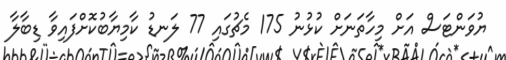
ޔުވަންޓަސް އަށް މިހާތަނަށް ކުޅުނު 175 މެޗުގައި 77 ލަނޑު ކާމިޔާބުކޮށްފައިވާ ޑިބާލާ